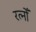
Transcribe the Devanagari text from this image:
रत्नोँ